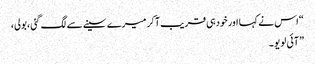
“ اس نے کہا اور خودہی قریب آکر میرے سینے سے لگ گئی ،بولی،
” آئی لو یو ۔